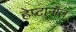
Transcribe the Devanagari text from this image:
हेप्टानॉल